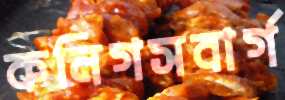
কনিগসবার্গ